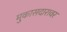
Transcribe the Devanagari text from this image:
मुकासदारावर